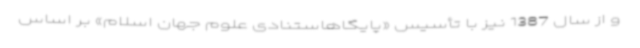
و از سال 1387 نیز با تأسیس «پایگاهاستنادی علوم جهان اسلام» بر اساس